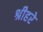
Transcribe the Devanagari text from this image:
श्रीहरे